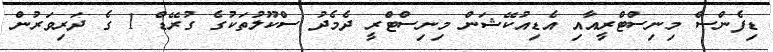
ޑިފެންސް މިނިސްޓްރީއާއި އެޑިއުކޭޝަން މިނިސްޓްރީ ދެމެދު ސްކޫލުތަކުގެ ގުރޭޑް 1 ގެ ދަރިވަރުން